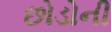
છોડોની